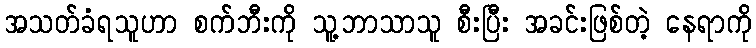
အသတ်ခံရသူဟာ စက်ဘီးကို သူ့ဘာသာသူ စီးပြီး အခင်းဖြစ်တဲ့ နေရာကို